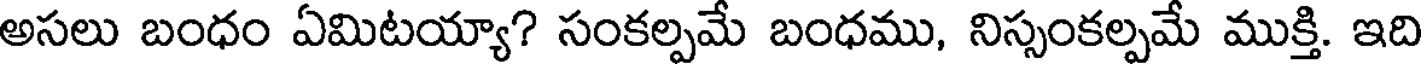
అసలు బంధం ఏమిటయ్యా? సంకల్పమే బంధము, నిస్సంకల్పమే ముక్తి. ఇది